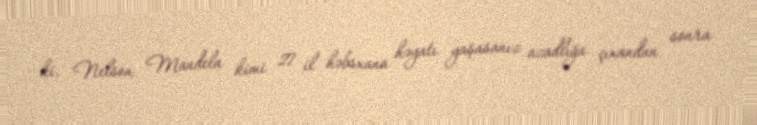
ki, Nelson Mandela kimi 27 il həbsxana həyatı yaşasanız azadlığa çıxandan sonra